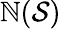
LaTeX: \mathbb{N}({\mathcal{{S}}})